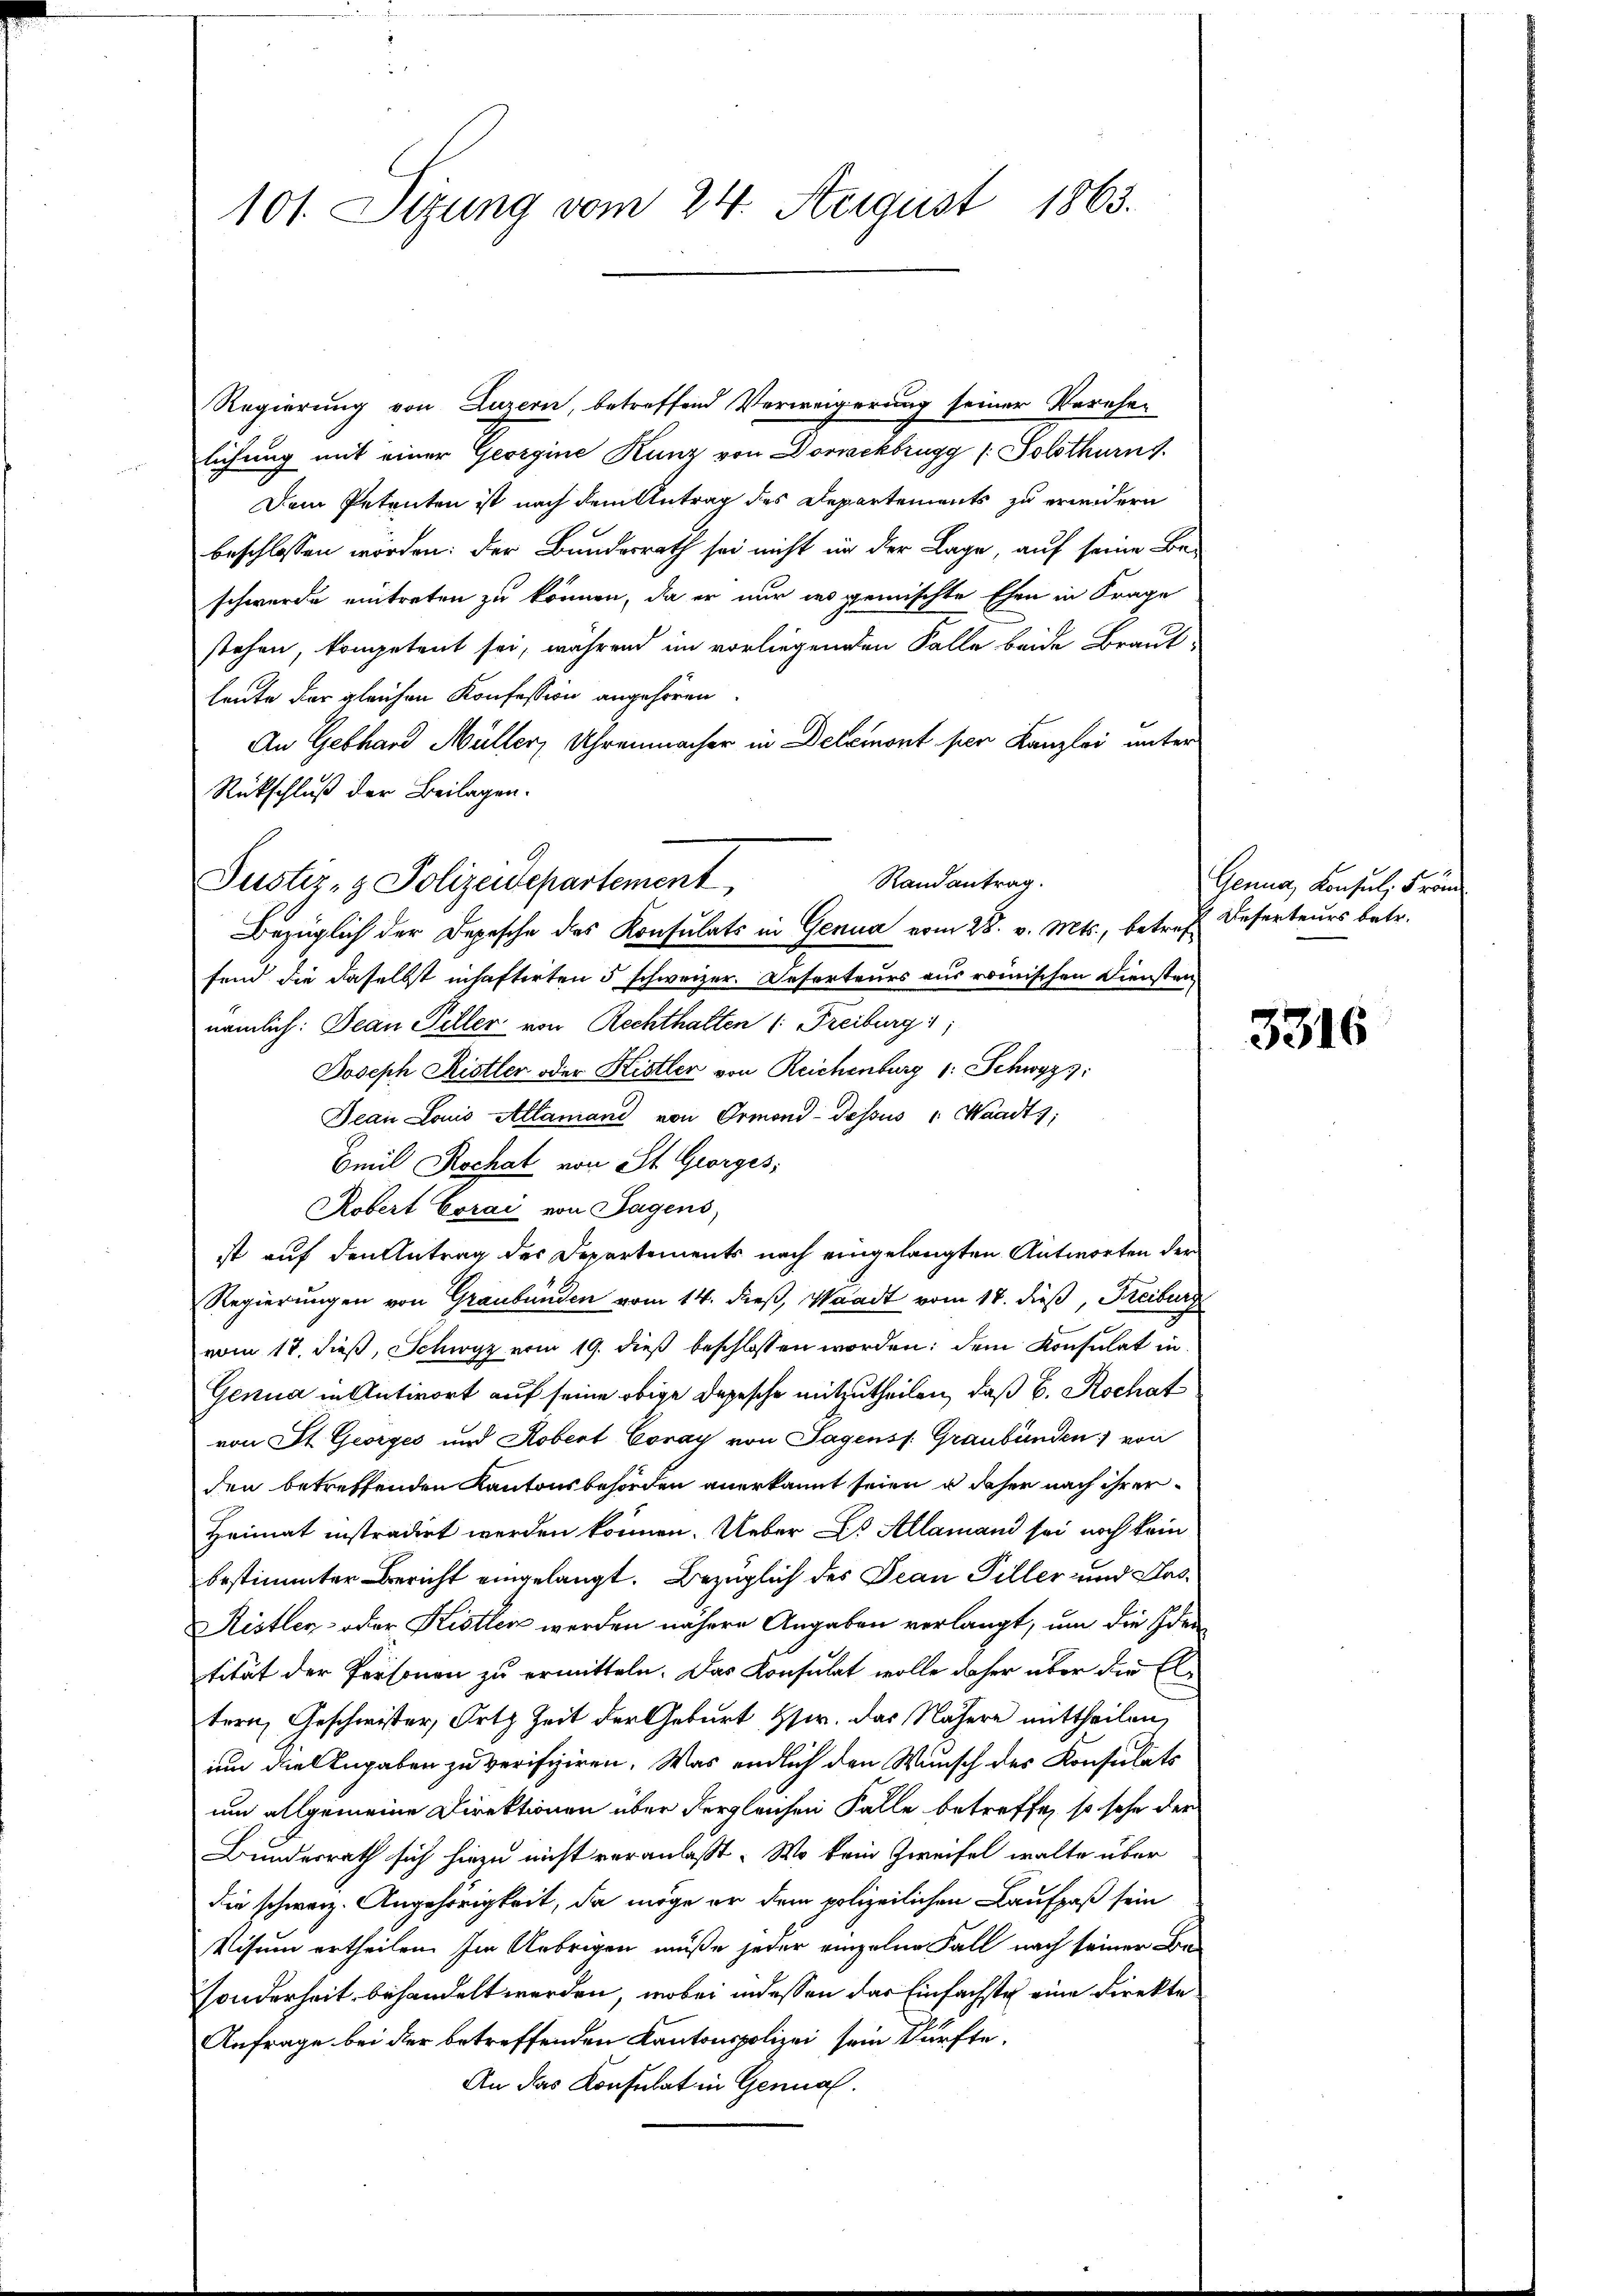
101. Sizung vom 24. August 1863.

Regierung von Luzern, betreffend Verweigerung seiner Verehe-
lichung mit einer Georgine Kunz von Domsckbrugg [Solothurns
Dem Petenten ist nach dem Antrag des Departements zu ereidern
beschlossen worden: der Bundesrath sei nicht in der Lage, auf seine Be-
schwerde eintreten zu können, da er nur des gemischte Ehen in Frage
stehen, kompetent sei, während im vorliegenden Falle beide Braut-
leute der gleichen Konfession angehören.
An Gebhard Müller, Uhrenmacher in Delemont per Kanzlei unter
Rückschluß der Beilagen.
fend die daselbst inhaftirten 5 schweizer. Deserteurs aus römischen Diensten
nämlich: Jean Peller von Rechthalten (: Freiburg 1
Joseph Ristler oder Kistler von Reichenburg 1: Schwyz:
Jean Louis Allamand von Ormond-dessus : Waadt,
Emil Rochat von St. Georges,
Robert Corai von Tagens,
st auf den Antrag des Departements nach eingelangten Antworten der
Regierungen von Graubünden vom 14. dieß, Waadt vom 17. dieß, Freiburg
vom 18. dieß, Schwyz vom 19. dieß beschlossen worden: dem Konsulat in
Genua in Antwort auf seine obige Depesche mitzutheilen, daß b. Rochat
von St. Georges und Robert Conay von Sagensp. Graubünden) von
den betreffenden Kantonsbehörden anerkannt seien u daher nach ihrer
Heimat instradirt werden können. Ueber Dr Allamand sei noch kein
bestimmter Bericht eingelangt. Bezüglich des Jean Piller und Ausistler- oder Kistlen werden nähere Angaben verlangt, um die Iden
tität der Personen zu ermitteln. Das Konsulat wolle daher über die Eltern, Geschwister, Orts Zeit der Geburt Hw. das Nähere mittheilen,
um die Angaben zu verifiziren. Was endlich den Wunsch des Konsulats
um allgemeine Direktionen über dergleichen Falle betreffe, so sehe der
Bundesrath sich hiezu nicht veranlasst. Wo kein Zweifel walte über
die schweiz. Angehörigkeit, da möge er dem polizeilichen Laufpaß sein
Visum ertheilen. Im Uebrigen müße jeder einzelne Fall nach seiner Besonderheit behandelt werden, wobei indessen das Einfachste eine Direkte
Anfrage bei der betreffenden Kantonspolizei sein dürfte.
An das Konsulat in Genual.

Randantrag.
Justiz- & Polizeidepartement
Bezüglich der Depesche des Konsulats in Genua vom 28. v. Mts., betreff Beserteurs betr.

Genua Consul, Fran

3316